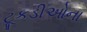
ટૂકડીઓના